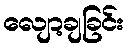
လျော့ချခြင်း